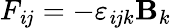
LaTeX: F_{\mathit{i}j}=-\varepsilon_{\mathit{i}jk}{\mathbf{B}}_{k}